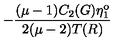
- \frac { ( \mu - 1 ) C _ { 2 } ( G ) \eta _ { 1 } ^ { \mathrm { o } } } { 2 ( \mu - 2 ) T ( R ) }